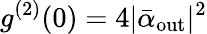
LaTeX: g^{(2)}(0)=4|\bar{\alpha}_{\mathrm{out}}|^{2}